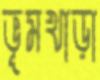
ভূমখাড়া